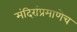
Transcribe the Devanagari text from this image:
मंदिरांप्रमाणेच